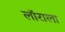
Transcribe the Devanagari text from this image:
लॉराला